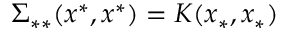
\Sigma _ { * * } ( x ^ { * } , x ^ { * } ) = K ( x _ { * } , x _ { * } )